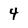
Character: 4